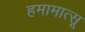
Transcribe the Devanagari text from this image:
हमामात्सू